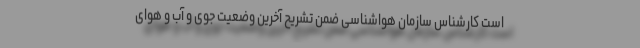
است کارشناس سازمان هواشناسی ضمن تشریح آخرین وضعیت جوی و آب و هوای